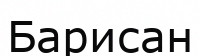
Барисан